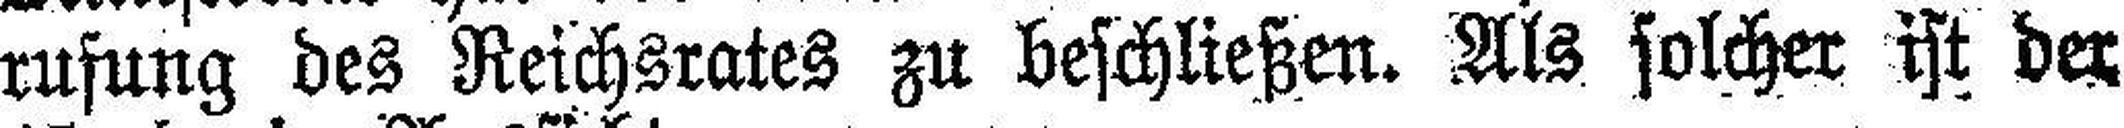
rufung des Reichsrates zu beschließen. Als solcher ist der